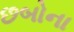
છબોના